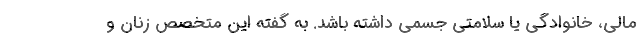
مالی، خانوادگی یا سلامتی جسمی داشته باشد. به گفته این متخصص زنان و